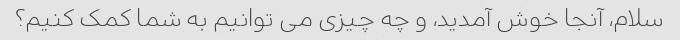
سلام، آنجا خوش آمدید، و چه چیزی می توانیم به شما کمک کنیم؟